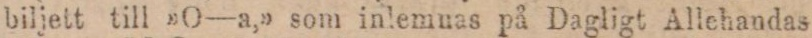
biljett till »O—a,» som inlemnas på Dagligt Allehandas